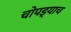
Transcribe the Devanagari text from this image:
चोपड्याच